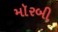
મૉરબી